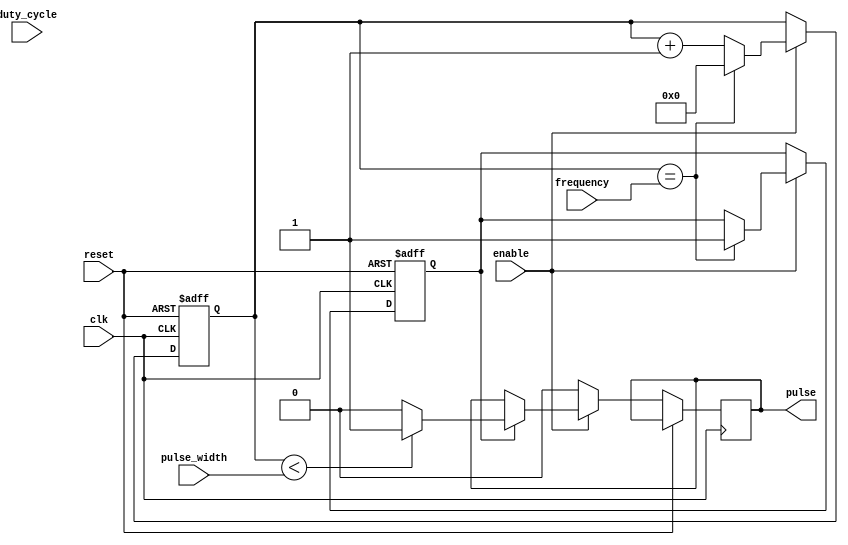
module programmable_pulse_generator (
    input wire clk,
    input wire reset,
    input wire enable,
    input wire [7:0] pulse_width,
    input wire [7:0] duty_cycle,
    input wire [15:0] frequency,
    output reg pulse
);

reg [15:0] counter;
reg generate_pulse;

always @(posedge clk or posedge reset) begin
    if (reset) begin
        counter <= 16'b0;
        generate_pulse <= 1'b0;
    end else begin
        if (enable) begin
            if (generate_pulse) begin
                if (counter < pulse_width) begin
                    pulse <= 1'b1;
                end else begin
                    pulse <= 1'b0;
                end
            end
            if (counter == frequency) begin
                counter <= 16'b0;
                generate_pulse <= 1'b1;
            end else begin
                counter <= counter + 1;
            end
        end else begin
            pulse <= 1'b0;
        end
    end
end

endmodule